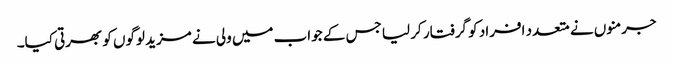
جرمنوں نے متعدد افراد کو گرفتار کر لیا جس کے جواب میں ولی نے مزید لوگوں کو بھرتی کیا۔